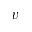
v